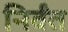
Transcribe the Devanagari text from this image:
निर्वंत